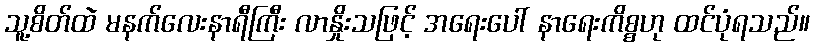
သူ့စိတ်ထဲ မနက်လေးနာရီကြီး လာနှိုးသဖြင့် အရေးပေါ် နာရေးကိစ္စဟု ထင်ပုံရသည်။